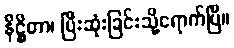
နိဋ္ဌိတာ၊ ပြီးဆုံးခြင်းသို့ရောက်ပြီ။